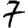
Digit: 7